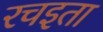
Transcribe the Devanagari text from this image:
रचइता